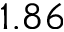
1 . 8 6